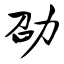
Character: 劭